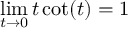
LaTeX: \operatorname* { l i m } _ { t \to 0 } t \cot ( t ) = 1